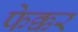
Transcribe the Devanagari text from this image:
फेक्कर